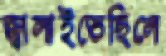
জ্বালাইতেছিলে